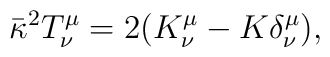
{\bar\kappa}^2 T^\mu_\nu=2(K^\mu_\nu -K\delta^\mu_\nu),